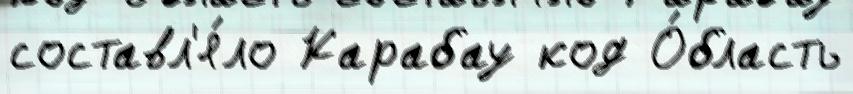
составл'я́ло Карабау код О́бласть